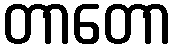
တာတော